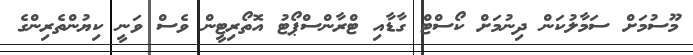
މޫސުމަށް ސަމާލުކަން ދިނުމަށް ކޯސްޓް ގާޑާއި ޓްރާންސްޕޯޓު އޮތޯރިޓީން ވެސް ވަނީ ކިޔުންތެރިންގެ